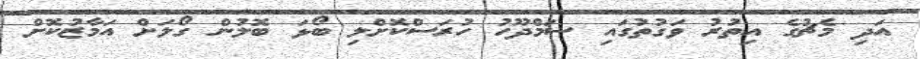
އަދި މެޗުގެ އިތުރު ވަގުތުގައި ސަމްދޫހު ހުރަސްކޮށްލި ބޯޅަ ބޮލުން ގޯލަށް އަމާޒުކޮށް